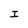
Character: I